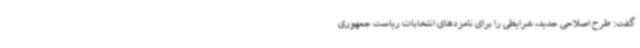
گفت: طرح اصلاحی جدید، شرایطی را برای نامزدهای انتخابات ریاست جمهوری